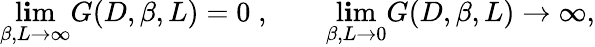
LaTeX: \operatorname*{l\mathbf{i}m}_{\beta,L\rightarrow\infty}G(D,\beta,L)=0\; ,\; \; \; \; \; \; \; \operatorname*{l\mathbf{i}m}_{\beta,L\rightarrow0}G(D,\beta,L)\rightarrow\infty,